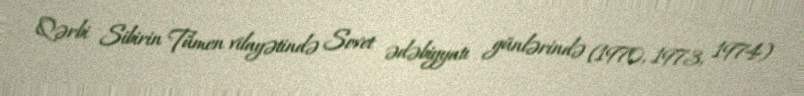
Qərbi Sibirin Tümen vilayətində Sovet ədəbiyyatı günlərində (1970, 1973, 1974)